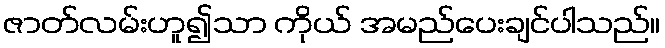
ဇာတ်လမ်းဟူ၍သာ ကိုယ် အမည်ပေးချင်ပါသည်။